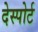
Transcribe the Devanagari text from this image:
देस्पोर्ट